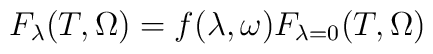
F_\lambda(T,\Omega)  = f(\lambda,\omega)F_{\lambda=0}(T,\Omega)